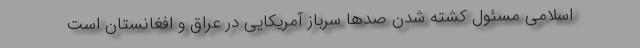
اسلامی مسئول کشته شدن صد‌ها سر‌باز آمریکایی در عراق و افغانستان است